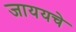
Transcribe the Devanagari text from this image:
जाययचे